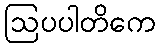
ဩပပါတိကေ